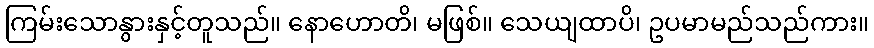
ကြမ်းသောနွားနှင့်တူသည်။ နောဟောတိ၊ မဖြစ်။ သေယျထာပိ၊ ဥပမာမည်သည်ကား။